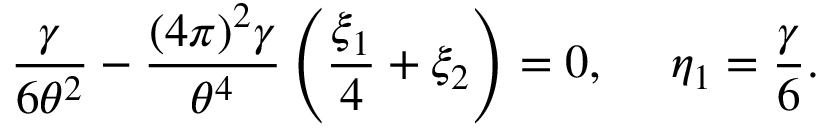
\frac { \gamma } { 6 \theta ^ { 2 } } - \frac { ( 4 \pi ) ^ { 2 } \gamma } { \theta ^ { 4 } } \left( \frac { \xi _ { 1 } } { 4 } + \xi _ { 2 } \right) = 0 , \ \ \ \ \eta _ { 1 } = \frac { \gamma } { 6 } .